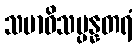
သမာဓိသမ္ပန္နတရံ